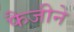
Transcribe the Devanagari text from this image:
फैजीने